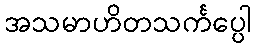
အသမာဟိတသင်္ကပ္ပေါ